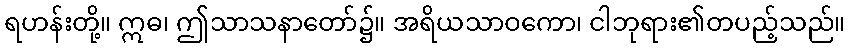
ရဟန်းတို့။ ဣဓ၊ ဤသာသနာတော်၌။ အရိယသာဝကော၊ ငါဘုရား၏တပည့်သည်။